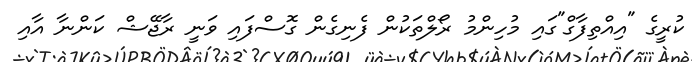
ކުރީގެ "އިއްތިފާގް"ގައި މުހިންމު ރޯލްތަކުން ފެނިގެން ގޮސްފައި ވަނީ ރާޖޭޝް ކަންނާ އާއި